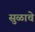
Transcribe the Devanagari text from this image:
सुळाचे